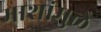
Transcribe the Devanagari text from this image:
माशांमुळे